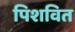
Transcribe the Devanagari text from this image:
पिशवित